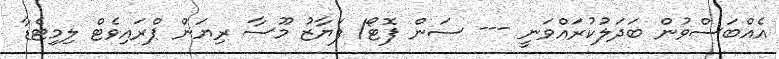
އެއްބަސްވުން ބަދަލުކުރައްވަނީ --- ސަން ފޮޓޯ/ ފަޔާޒު މޫސާ ރިޔަން ޕްރައިވެޓް ލިމިޓެޑާ